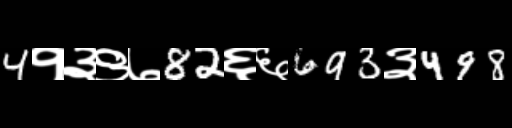
Text: 4१३९७82६६693३498